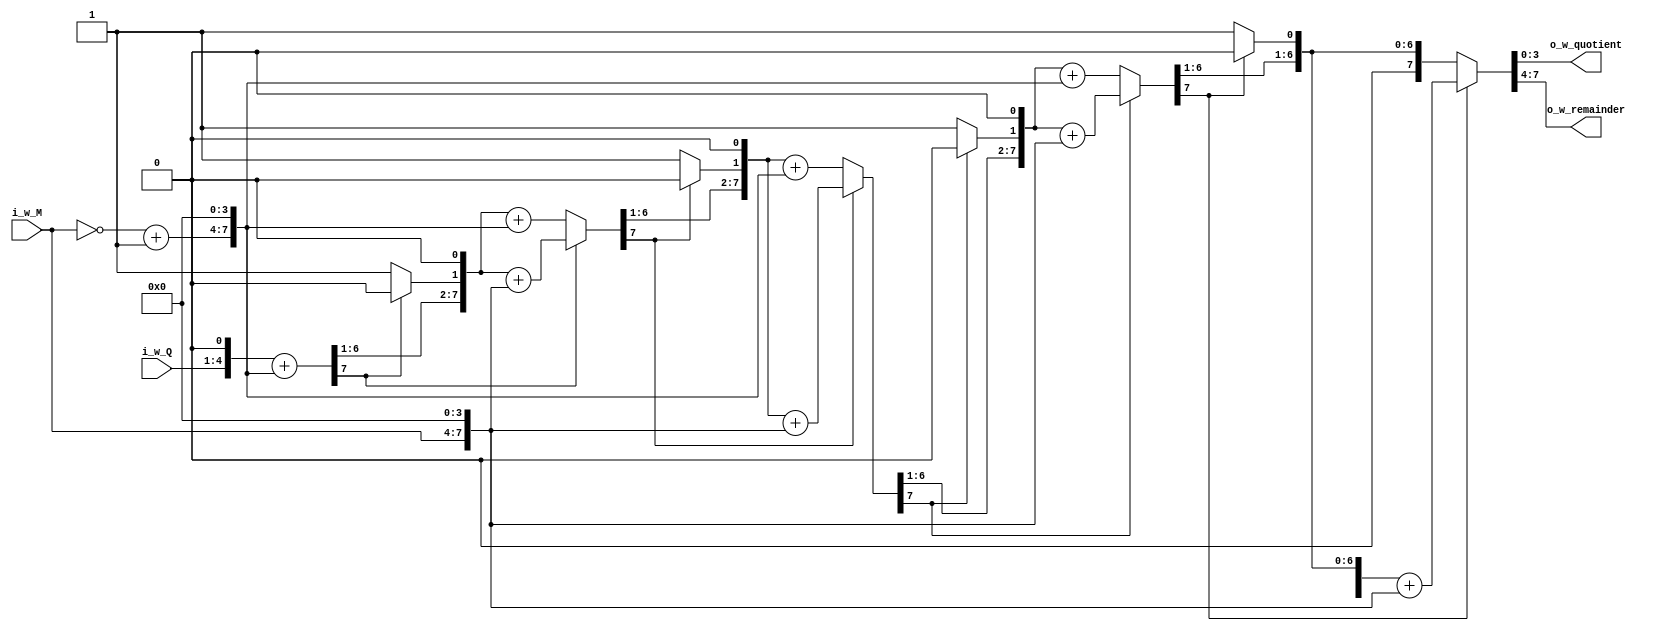
`timescale 1ns / 1ps

//////////////////////////////////////////////////////////////////////////////////
// ACS
// Computer Organization and Architecture
//  
// Module Name:  		task1
// Project Name:		Laborator 8
// Target Devices: 		Digilent Nexys 7
//////////////////////////////////////////////////////////////////////////////////

module task1(
    output wire [3:0] o_w_quotient,  // Divisor / Devidend
    output wire [3:0] o_w_remainder, // Divisor % Devidend
    input  wire [3:0] i_w_M,         // Divisor  M
    input  wire [3:0] i_w_Q          // Devidend Q
);
    // TODO: Implement division algorithm Booth non-restoring https://www.youtube.com/watch?v=KfBVg8WYOuQ

    reg [7:0] l_r_R;
    reg [7:0] l_r_M_plus;
    reg [7:0] l_r_M_minus;

    // TODO: calculate -1 * Divisor 
    wire [3:0] l_w_neg_M;
    assign l_w_neg_M = ~i_w_M + 1;

    always @(*) begin
        // TODO 1: 
        // Q = Devidend; M = Divisor
        // Calculate R = {n{1'b0}, Q}, M+, M- 
        l_r_R = {4'b0000, i_w_Q};
        l_r_M_plus = {i_w_M, 4'b0000};
        l_r_M_minus = {l_w_neg_M, 4'b0000};

        // TODO 2: Repeat the algorithm N times
        repeat(4) begin
            // TODO 3: If R < 0 then R <- R << 1, R <- R + M+ else R <- R << 1, R <- R + M-
            if(l_r_R[7]) begin
                l_r_R = l_r_R << 1;
                l_r_R = l_r_R + l_r_M_plus;
            end else begin
                l_r_R = l_r_R << 1;
                l_r_R = l_r_R + l_r_M_minus;
            end

            // TODO 4: If R < 0 then R[0] <- 0 else R[0] <- 1
            if(l_r_R[7]) begin
                l_r_R[0] = 0;
            end else begin
                l_r_R[0] = 1;
            end
        end

        // TODO 5: If R < 0 then R <- R + M+
        if(l_r_R[7]) begin
            l_r_R = l_r_R + l_r_M_plus;
        end
    end

    // TODO 6: Quotient and remainder
    assign o_w_quotient = l_r_R[3:0];
    assign o_w_remainder = l_r_R[7:4];
endmodule